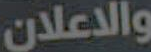
والاعلان